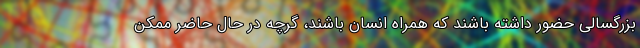
بزرگسالی حضور داشته باشند که همراه انسان باشند، گرچه در حال حاضر ممکن